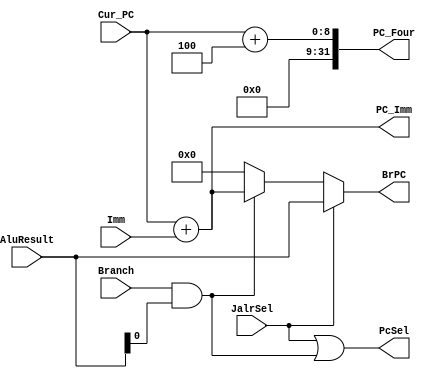
`timescale 1ns / 1ps

module BranchUnit
    #(parameter PC_W = 8)
    (input [PC_W-1:0] Cur_PC,
     input [31:0] Imm,
     input JalrSel,
     input Branch,
     input [31:0] AluResult,
     output [31:0] PC_Imm,
     output [31:0] PC_Four,
     output [31:0] BrPC,
     output PcSel);

    reg Branch_Sel;
    reg [31:0] PC_Full;

    always @(*) begin
        PC_Full = {24'b0, Cur_PC};
    end
    
    assign PC_Imm = PC_Full + Imm;
    assign PC_Four = PC_Full + 32'b100;

    always @(*) begin
        Branch_Sel = Branch && AluResult[0]; // 0:Branch is taken; 1:Branch is not taken
    end
    
    assign BrPC = (JalrSel) ? AluResult :     // Jalr -> AluResult
                  (Branch_Sel) ? PC_Imm : 32'b0;  // Branch/Jal -> PC+Imm   // Otherwise, BrPC value is not important
    assign PcSel = JalrSel || Branch_Sel;  // 1:branch (b/jal/jalr) is taken; 0:branch is not taken(choose pc+4)

endmodule